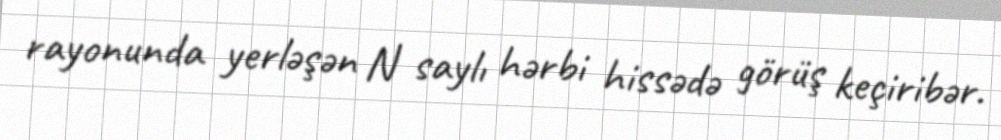
rayonunda yerləşən N saylı hərbi hissədə görüş keçiribər.